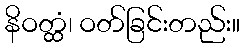
နိဝတ္ထံ၊ ဝတ်ခြင်းတည်း။